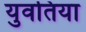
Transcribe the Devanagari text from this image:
युवतिया